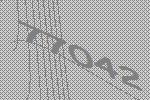
77042